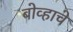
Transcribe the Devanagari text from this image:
बोव्हाचे